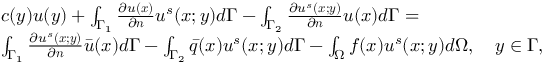
\begin{array} { r l } & { c ( \boldsymbol { y } ) u ( \boldsymbol { y } ) + \int _ { \Gamma _ { 1 } } \frac { \partial u ( \boldsymbol { x } ) } { \partial \boldsymbol { n } } u ^ { s } ( \boldsymbol { x ; y } ) d \Gamma - \int _ { \Gamma _ { 2 } } \frac { \partial u ^ { s } ( \boldsymbol { x ; y } ) } { \partial \boldsymbol { n } } u ( \boldsymbol { x } ) d \Gamma = } \\ & { \int _ { \Gamma _ { 1 } } \frac { \partial u ^ { s } ( \boldsymbol { x ; y } ) } { \partial \boldsymbol { n } } \bar { u } ( \boldsymbol { x } ) d \Gamma - \int _ { \Gamma _ { 2 } } \bar { q } ( \boldsymbol { x } ) u ^ { s } ( \boldsymbol { x ; y } ) d \Gamma - \int _ { \Omega } f ( \boldsymbol { x } ) u ^ { s } ( \boldsymbol { x ; y } ) d \Omega , \quad \boldsymbol { y } \in \Gamma , } \end{array}